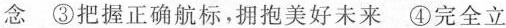
念③把握正确航标，拥抱美好未来④完全立